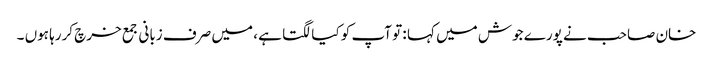
خان صاحب نے پورے جوش میں کہا : تو آپ کو کیا لگتا ہے ، میں صرف زبانی جمع خرچ کررہا ہوں ۔